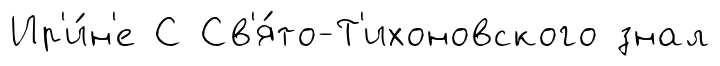
Ир'и́н'е С Св'я́то-Т'ихоновского знал